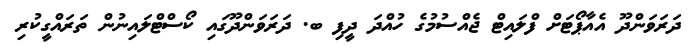
ދަރަވަންދޫ އެއާޕޯޓަށް ފްލައިޓް ޖެއްސުމުގެ ހުއްދަ ދީފި ބ. ދަރަވަންދޫގައި ކޯސްޓްލައިނުން ތަރައްގީކުރި